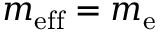
m _ { \mathrm { e f f } } = m _ { \mathrm { e } }